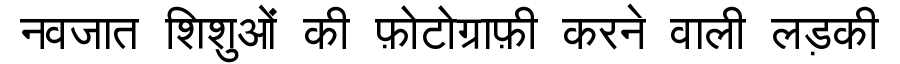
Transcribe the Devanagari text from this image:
नवजात शिशुओं की फ़ोटोग्राफ़ी करने वाली लड़की